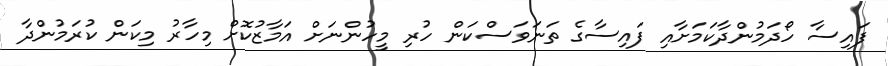
ފައިސާ ހޯދަމުންދާކަމަށާއި ފައިސާގެ ތަނަވަސްކަން ހުރި މީހުންނަށް އަމާޒުކޮށް މިހާރު މިކަން ކުރަމުންދާ